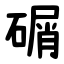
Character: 碿